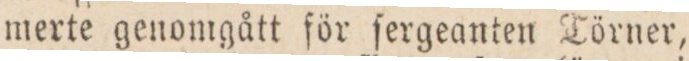
merte genomgått för ſergeanten Törner,